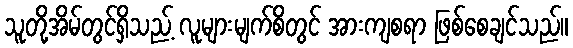
သူတို့အိမ်တွင်ရှိသည့် လူများမျက်စိတွင် အားကျစရာ ဖြစ်စေချင်သည်။